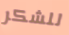
للشكر